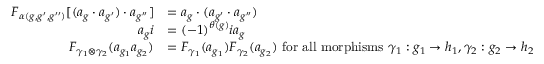
\begin{array} { r l } { F _ { \alpha ( g , g ^ { \prime } , g ^ { \prime \prime } ) } [ ( a _ { g } \cdot a _ { g ^ { \prime } } ) \cdot a _ { g ^ { \prime \prime } } ] } & { = a _ { g } \cdot ( a _ { g ^ { \prime } } \cdot a _ { g ^ { \prime \prime } } ) } \\ { a _ { g } i } & { = ( - 1 ) ^ { \theta ( g ) } i a _ { g } } \\ { F _ { \gamma _ { 1 } \otimes \gamma _ { 2 } } ( a _ { g _ { 1 } } a _ { g _ { 2 } } ) } & { = F _ { \gamma _ { 1 } } ( a _ { g _ { 1 } } ) F _ { \gamma _ { 2 } } ( a _ { g _ { 2 } } ) \mathrm { ~ f o r ~ a l l ~ m o r p h i s m s ~ } \gamma _ { 1 } : g _ { 1 } \to h _ { 1 } , \gamma _ { 2 } : g _ { 2 } \to h _ { 2 } } \end{array}